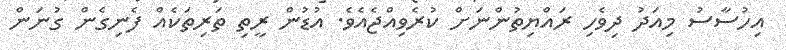
އިހުސާސު މިއަދު ދިވެހި ރައްޔިތުންނަށް ކުރެވިއްޖެއެވެ. އުޑުން ރީތި ތަރިތަކެއް ފެނިގެން ގުނަން